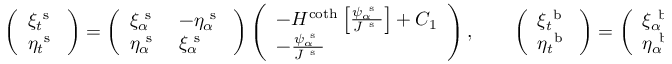
\left( \begin{array} { l } { \xi _ { t } ^ { \mathrm { ~ s ~ } } } \\ { \eta _ { t } ^ { \mathrm { ~ s ~ } } } \end{array} \right) = \left( \begin{array} { l l } { \xi _ { \alpha } ^ { \mathrm { ~ s ~ } } } & { - \eta _ { \alpha } ^ { \mathrm { ~ s ~ } } } \\ { \eta _ { \alpha } ^ { \mathrm { ~ s ~ } } } & { \xi _ { \alpha } ^ { \mathrm { ~ s ~ } } } \end{array} \right) \left( \begin{array} { l } { - H ^ { \coth } \left[ \frac { \psi _ { \alpha } ^ { \mathrm { ~ s ~ } } } { J ^ { \mathrm { ~ s ~ } } } \right] + C _ { 1 } } \\ { - \frac { \psi _ { \alpha } ^ { \mathrm { ~ s ~ } } } { J ^ { \mathrm { ~ s ~ } } } } \end{array} \right) , \qquad \left( \begin{array} { l } { \xi _ { t } ^ { \mathrm { ~ b ~ } } } \\ { \eta _ { t } ^ { \mathrm { ~ b ~ } } } \end{array} \right) = \left( \begin{array} { l } { \xi _ { \alpha } ^ { \mathrm { ~ b ~ } } } \\ { \eta _ { \alpha } ^ { \mathrm { ~ b ~ } } } \end{array} \right) \bigg ( H ^ { \operatorname { c s c h } } \left[ \frac { \psi _ { \alpha } ^ { \mathrm { ~ s ~ } } } { J ^ { \mathrm { ~ s ~ } } } \right] + C _ { 1 } \bigg ) .